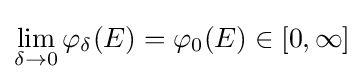
\lim _{\delta \rightarrow 0}\varphi _{\delta }(E)=\varphi _{0}(E)\in [0,\infty ]